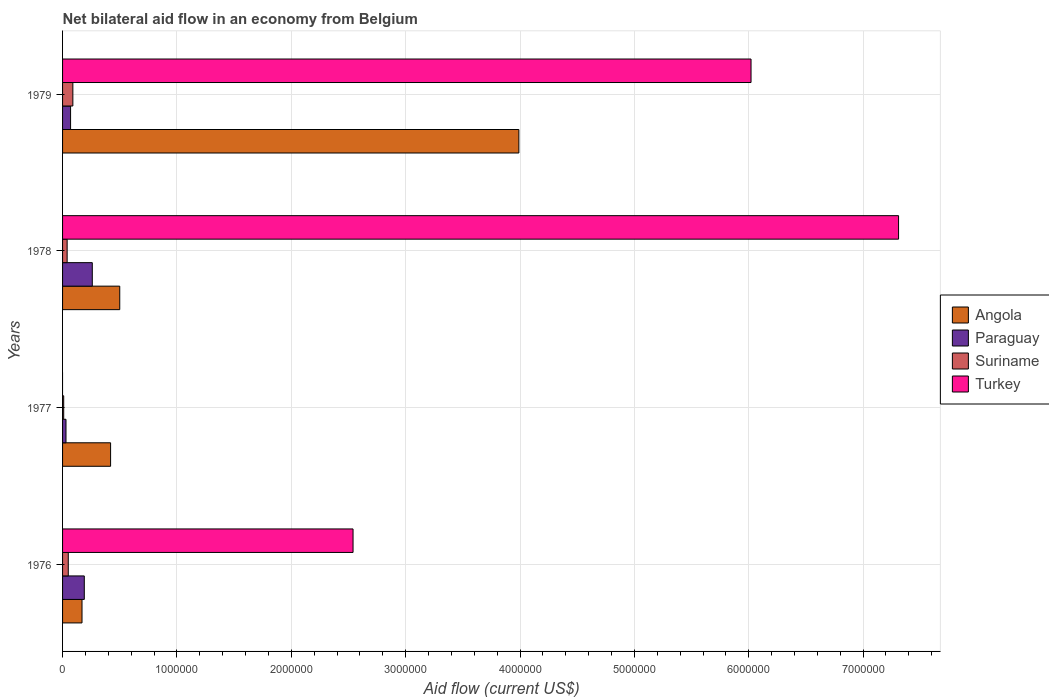
| Years | Angola | Paraguay | Suriname | Turkey |
 | --- | --- | --- | --- | --- |
 | 1976 | 1.7e+05 | 1.9e+05 | 5e+04 | 2.54e+06 |
 | 1977 | 4.2e+05 | 3e+04 | 1e+04 | -5.8e+05 |
 | 1978 | 5e+05 | 2.6e+05 | 4e+04 | 7.31e+06 |
 | 1979 | 3.99e+06 | 7e+04 | 9e+04 | 6.02e+06 |